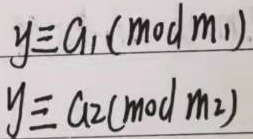
\[
\begin{align*}
y&\equiv a_1\pmod{m_1}\\
y&\equiv a_2\pmod{m_2}
\end{align*}
\]